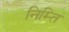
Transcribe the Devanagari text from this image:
निम्ति